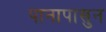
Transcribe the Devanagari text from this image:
पानापासुन